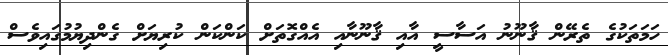
ހަމަތަކުގެ ތެރޭން ޤާނޫނު އަސާސީ އާއި ޤާނޫނާއި އެއްގޮތަށް ކަންކަން ކުރިޔަށް ގެންދިޔުމުގައިވެސް